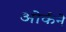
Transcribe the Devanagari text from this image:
ओर्कने